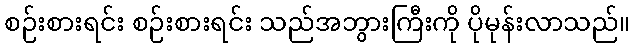
စဉ်းစားရင်း စဉ်းစားရင်း သည်အဘွားကြီးကို ပိုမုန်းလာသည်။